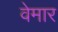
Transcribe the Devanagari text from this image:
वेमार